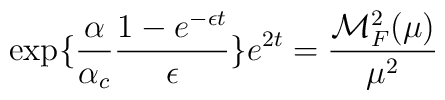
\exp \{\frac{\alpha}{\alpha_c} \frac{1-e^{-\epsilon t}}{\epsilon}\} e^{2t}= \frac{{\cal M}_F^2(\mu)}{\mu^2}